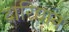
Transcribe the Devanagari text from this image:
दारिद्यानं